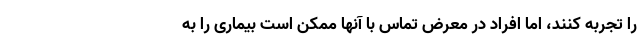
را تجربه کنند، اما افراد در معرض تماس با آنها ممکن است بیماری را به